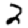
Digit: 2